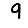
Digit: 9